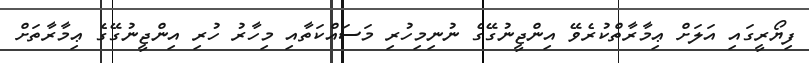
ފިޔޯރީގައި އަލަށް ޢިމާރާތްކުރެވޭ އިންޖީނުގޭގެ ނުނިމިހުރި މަސައްކަތާއި މިހާރު ހުރި އިންޖީނުގޭގެ ޢިމާރާތަށް